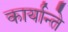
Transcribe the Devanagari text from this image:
कार्यान्ते